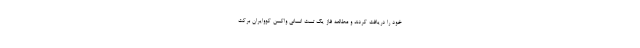
خود را دریافت کردند و مطالعه فاز یک تست انسانی واکسن کووایران برکت